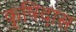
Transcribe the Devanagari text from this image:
कृषिदास